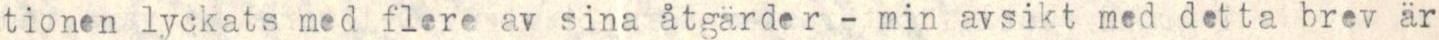
tionen lyckats med flere av sina åtgärder - min avsikt med detta brev är